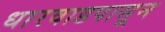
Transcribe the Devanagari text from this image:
धारवाडपासून